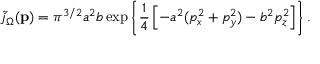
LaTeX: \tilde { j } _ { \Omega } ( { \bf p } ) = \pi ^ { 3 / 2 } a ^ { 2 } b \exp \left\{ \frac { 1 } { 4 } \left[ - a ^ { 2 } ( p _ { x } ^ { 2 } + p _ { y } ^ { 2 } ) - b ^ { 2 } p _ { z } ^ { 2 } \right] \right\} .